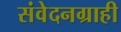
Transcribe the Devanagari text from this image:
संवेदनग्राही